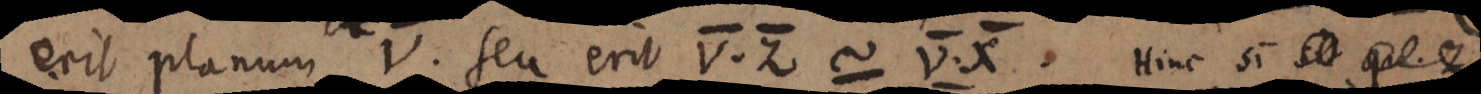
erit planum V. seu erit V·Z ~ V·X. Hinc si sit qu. z